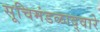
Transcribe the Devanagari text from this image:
सूचिमंडळाद्वारे